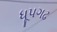
ધૂપગઢ